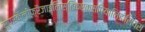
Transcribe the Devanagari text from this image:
सुपरकैलीफ़्रैजाइलिस्टिकएक्सपियालिडोसियस